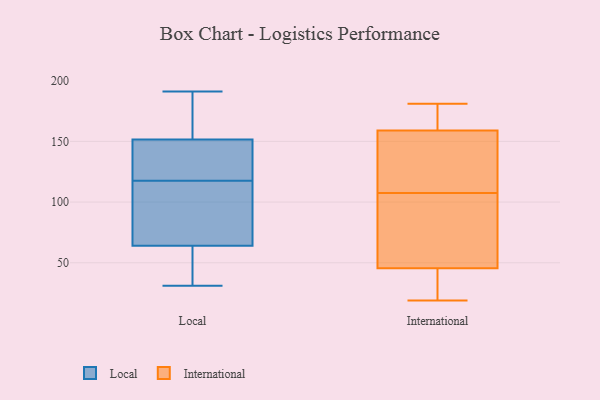
{"axis": {"x": "LTV (USD)", "y": "Value"}, "legend": ["International", "Local"], "data": [{"x": "", "y": 131, "type": "Local"}, {"x": "", "y": 191, "type": "Local"}, {"x": "", "y": 172, "type": "Local"}, {"x": "", "y": 104, "type": "Local"}, {"x": "", "y": 31, "type": "Local"}, {"x": "", "y": 73, "type": "Local"}, {"x": "", "y": 40, "type": "Local"}, {"x": "", "y": 100, "type": "Local"}, {"x": "", "y": 150, "type": "Local"}, {"x": "", "y": 132, "type": "Local"}, {"x": "", "y": 153, "type": "Local"}, {"x": "", "y": 55, "type": "Local"}, {"x": "", "y": 27, "type": "International"}, {"x": "", "y": 56, "type": "International"}, {"x": "", "y": 153, "type": "International"}, {"x": "", "y": 22, "type": "International"}, {"x": "", "y": 19, "type": "International"}, {"x": "", "y": 35, "type": "International"}, {"x": "", "y": 147, "type": "International"}, {"x": "", "y": 163, "type": "International"}, {"x": "", "y": 110, "type": "International"}, {"x": "", "y": 181, "type": "International"}, {"x": "", "y": 159, "type": "International"}, {"x": "", "y": 159, "type": "International"}, {"x": "", "y": 71, "type": "International"}, {"x": "", "y": 105, "type": "International"}, {"x": "", "y": 56, "type": "International"}, {"x": "", "y": 180, "type": "International"}]}